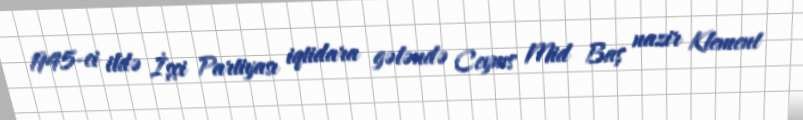
1945-ci ildə İşçi Partiyası iqtidara gələndə Ceyms Mid Baş nazir Klement